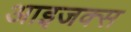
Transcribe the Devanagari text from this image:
आइजक्स